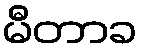
မီတာခ